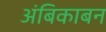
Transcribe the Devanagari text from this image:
अंबिकाबन